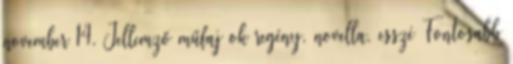
november 14. Jellemző műfaj ok regény, novella, esszé Fontosabb